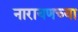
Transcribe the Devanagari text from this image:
नारायणच्या